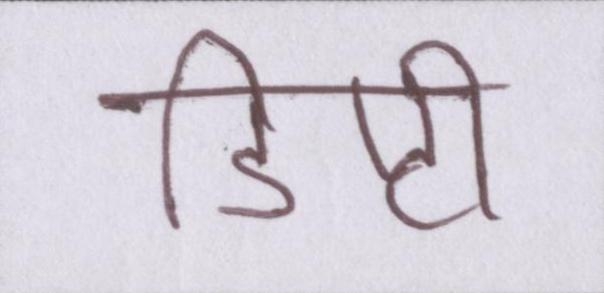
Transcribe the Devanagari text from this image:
डिप्टी